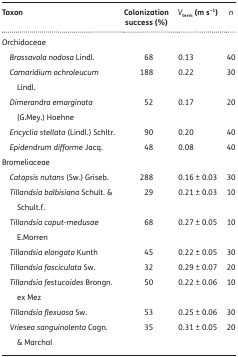
<table><thead><tr><td><b>Taxon</b></td><td><b>Colonization success (%)</b></td><td><b><i>V</i><sub>term</sub> (m s<sup>−1</sup>)</b></td><td><b><i>n</i></b></td></tr></thead><tbody><tr><td>Orchidaceae</td><td></td><td></td><td></td></tr><tr><td><i> Brassavola nodosa</i> Lindl.</td><td>68</td><td>0.13</td><td>40</td></tr><tr><td><i> Camaridium ochroleucum</i> Lindl.</td><td>188</td><td>0.22</td><td>30</td></tr><tr><td><i> Dimerandra emarginata</i> (G.Mey.) Hoehne</td><td>52</td><td>0.17</td><td>20</td></tr><tr><td><i> Encyclia stellata</i> (Lindl.) Schltr.</td><td>90</td><td>0.20</td><td>40</td></tr><tr><td><i> Epidendrum difforme</i> Jacq.</td><td>48</td><td>0.08</td><td>40</td></tr><tr><td>Bromeliaceae</td><td></td><td></td><td></td></tr><tr><td><i> Catopsis nutans</i> (Sw.) Griseb.</td><td>288</td><td>0.16 ± 0.03</td><td>30</td></tr><tr><td><i> Tillandsia balbisiana</i> Schult. &amp; Schult.f.</td><td>29</td><td>0.21 ± 0.03</td><td>10</td></tr><tr><td><i> Tillandsia caput-medusae</i> E.Morren</td><td>68</td><td>0.27 ± 0.05</td><td>10</td></tr><tr><td><i> Tillandsia elongata</i> Kunth</td><td>45</td><td>0.22 ± 0.05</td><td>30</td></tr><tr><td><i> Tillandsia fasciculata</i> Sw.</td><td>32</td><td>0.29 ± 0.07</td><td>20</td></tr><tr><td><i> Tillandsia festucoides</i> Brongn. ex Mez</td><td>50</td><td>0.22 ± 0.06</td><td>10</td></tr><tr><td><i> Tillandsia flexuosa</i> Sw.</td><td>53</td><td>0.25 ± 0.06</td><td>30</td></tr><tr><td><i> Vriesea sanguinolenta</i> Cogn. &amp; Marchal</td><td>35</td><td>0.31 ± 0.05</td><td>20</td></tr></tbody></table>